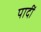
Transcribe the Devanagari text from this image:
पादीं